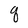
Character: q